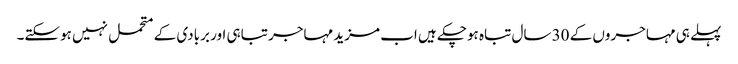
پہلے ہی مہاجروں کے 30 سال تباہ ہوچکے ہیں اب مزید مہاجر تباہی اور بربادی کے متحمل نہیں ہوسکتے۔